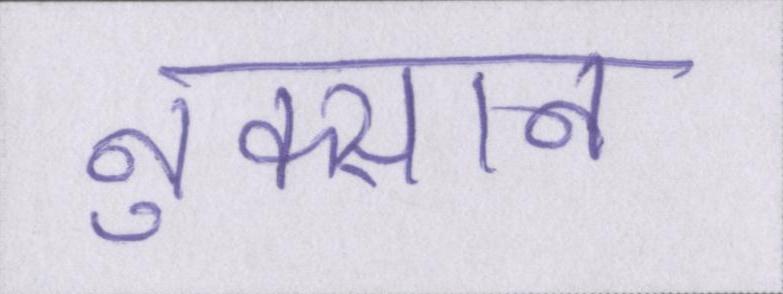
नुक्सान